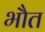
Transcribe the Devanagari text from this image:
भौत